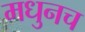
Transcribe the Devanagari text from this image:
मधुनच